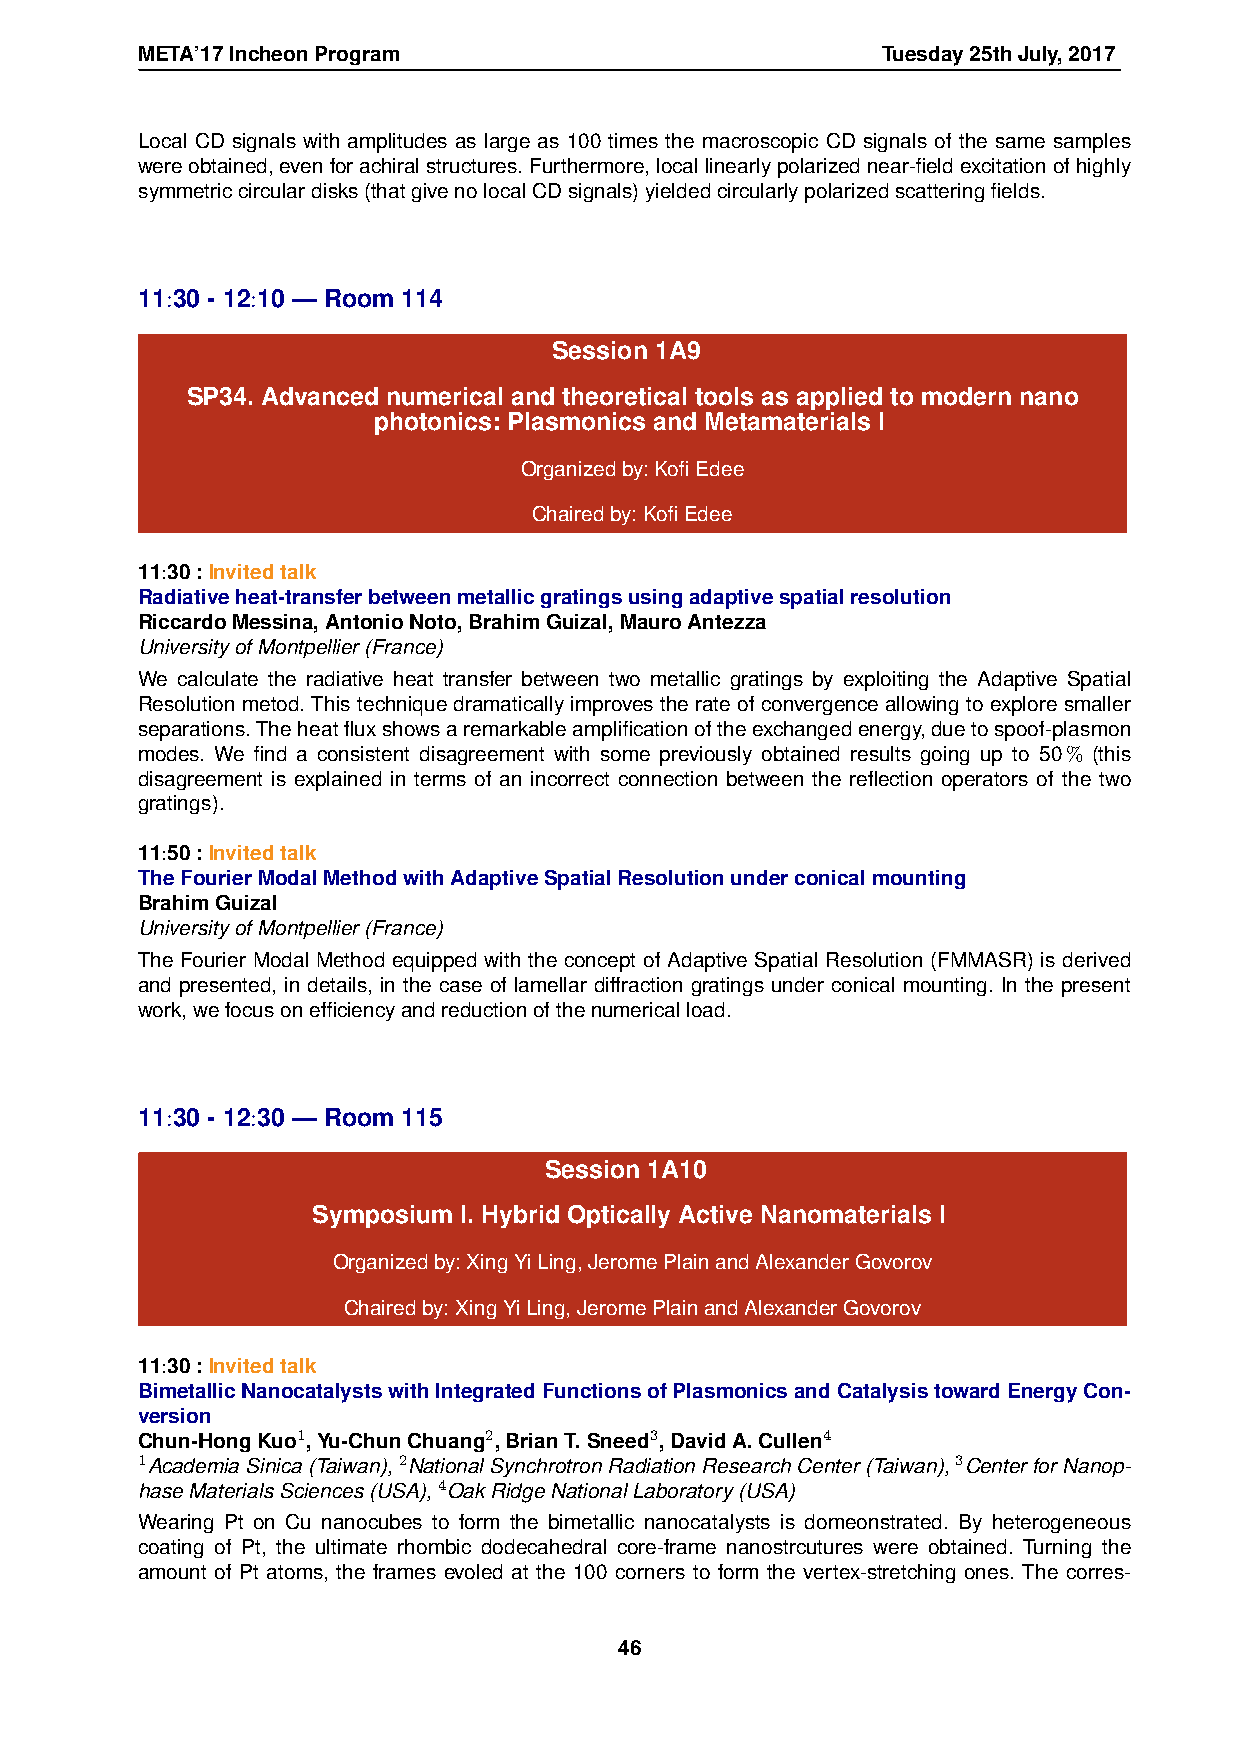
META’17IncheonProgram                            Tuesday25thJuly,2017
 Local CD signals with amplitudes as large as 100 times the macroscopic CD signals of the same samples
 wereobtained,evenforachiralstructures.Furthermore,locallinearlypolarizednear-fieldexcitationofhighly
 symmetriccirculardisks(thatgivenolocalCDsignals)yieldedcircularlypolarizedscatteringfields.
 11:30 - 12:10 — Room 114
 Session 1A9
 SP34. Advanced numerical and theoretical tools as applied to modern nano
 photonics: Plasmonics and Metamaterials I
 Organizedby:KofiEdee
 Chairedby:KofiEdee
 11:30:Invitedtalk
 Radiativeheat-transferbetweenmetallicgratingsusingadaptivespatialresolution
 RiccardoMessina,AntonioNoto,BrahimGuizal,MauroAntezza
 UniversityofMontpellier(France)
 We calculate the radiative heat transfer between two metallic gratings by exploiting the Adaptive Spatial
 Resolution metod. This technique dramatically improves the rate of convergence allowing to explore smaller
 separations.Theheatfluxshowsaremarkableamplificationoftheexchangedenergy,duetospoof-plasmon
 modes. We find a consistent disagreement with some previously obtained results going up to 50% (this
 disagreement is explained in terms of an incorrect connection between the reflection operators of the two
 gratings).
 11:50:Invitedtalk
 TheFourierModalMethodwithAdaptiveSpatialResolutionunderconicalmounting
 BrahimGuizal
 UniversityofMontpellier(France)
 The Fourier Modal Method equipped with the concept of Adaptive Spatial Resolution (FMMASR) is derived
 and presented, in details, in the case of lamellar diffraction gratings under conical mounting. In the present
 work,wefocusonefficiencyandreductionofthenumericalload.
 11:30 - 12:30 — Room 115
 Session 1A10
 Symposium I. Hybrid Optically Active Nanomaterials I
 Organizedby:XingYiLing,JeromePlainandAlexanderGovorov
 Chairedby:XingYiLing,JeromePlainandAlexanderGovorov
 11:30:Invitedtalk
 BimetallicNanocatalystswithIntegratedFunctionsofPlasmonicsandCatalysistowardEnergyCon-
 version
 Chun-HongKuo1,Yu-ChunChuang2,BrianT.Sneed3,DavidA.Cullen4
 1AcademiaSinica(Taiwan),2NationalSynchrotronRadiationResearchCenter(Taiwan),3CenterforNanop-
 haseMaterialsSciences(USA),4OakRidgeNationalLaboratory(USA)
 Wearing Pt on Cu nanocubes to form the bimetallic nanocatalysts is domeonstrated. By heterogeneous
 coating of Pt, the ultimate rhombic dodecahedral core-frame nanostrcutures were obtained. Turning the
 amount of Pt atoms, the frames evoled at the 100 corners to form the vertex-stretching ones. The corres-
 46